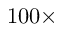
1 0 0 \times